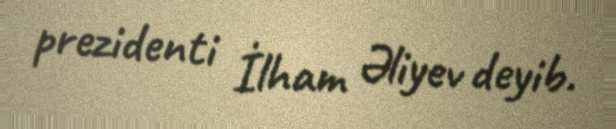
prezidenti İlham Əliyev deyib.